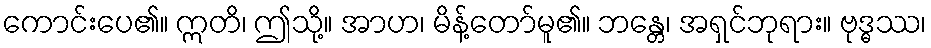
ကောင်းပေ၏။ ဣတိ၊ ဤသို့။ အာဟ၊ မိန့်တော်မူ၏။ ဘန္တေ၊ အရှင်ဘုရား။ ဗုဒ္ဓဿ၊